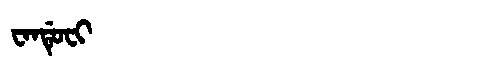
Manchu: ᠸᠠᠨᡩᡠᠸᡳ
Romanization: WANDUFI